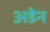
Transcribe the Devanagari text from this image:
अडेन